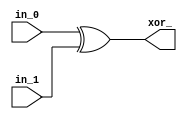
module bitwise_xor (
  input in_0,
  input in_1,
  output xor_
);

  assign xor_ = in_0 ^ in_1;
  
endmodule